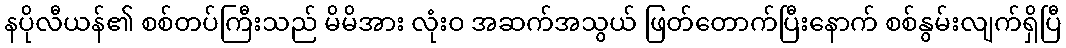
နပိုလီယန်၏ စစ်တပ်ကြီးသည် မိမိအား လုံးဝ အဆက်အသွယ် ဖြတ်တောက်ပြီးနောက် စစ်နွမ်းလျက်ရှိပြီ